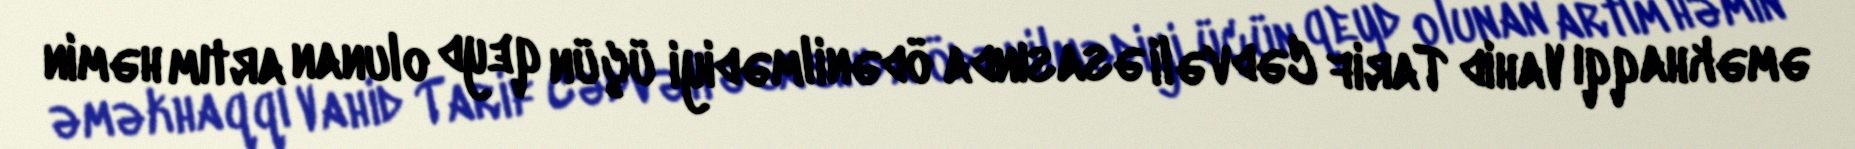
əməkhaqqı Vahid Tarif Cədvəli əsasında ödənilmədiyi üçün qeyd olunan artım həmin